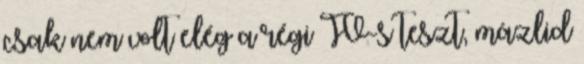
csak nem volt elég a régi TV-s teszt, mázlid